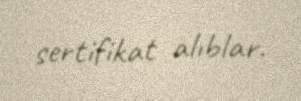
sertifikat alıblar.